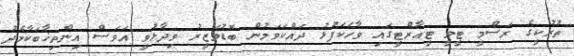
ތުރުކީގެ ރަސްމީ ޓީވީ ޓީއާރްޓީގައި ވާހަކަފުޅު ދައްކަވަމުން ބޮޑުވަޒީރު ވިދާޅުވީ އަވަސް އިންތިޚާބަކާމެދު